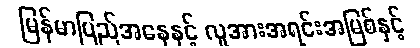
မြန်မာပြည်အနေနှင့် လူအားအရင်းအမြစ်နှင့်